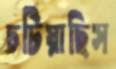
চটিয়াছিস